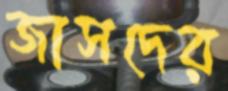
জাসদের